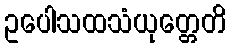
ဥပေါသထသံယုတ္တေတိ